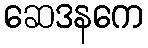
ဆေဒနကေ